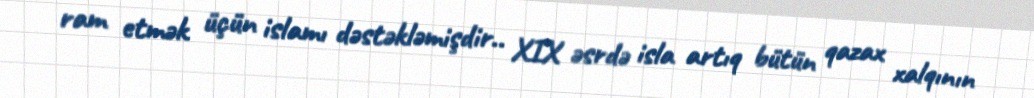
ram etmək üçün islamı dəstəkləmişdir.. XIX əsrdə isla artıq bütün qazax xalqının